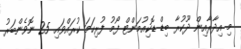
މި އިދާރާއިން ދޫކުރާ ބިޑް ޑޮކިއުމަންޓް ފޯމު ފުރިހަމަ ކުރައްވައި 25 ނޮވެންބަރު